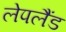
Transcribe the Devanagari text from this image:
लेपलैंड